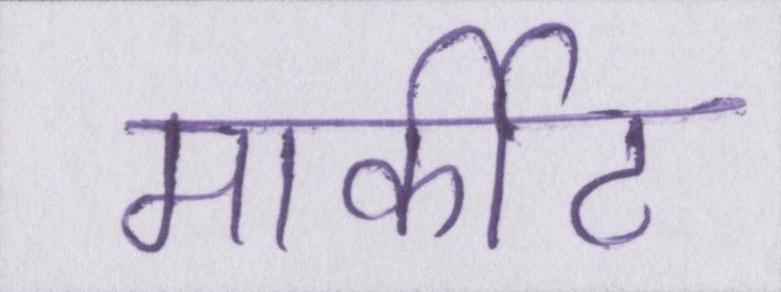
मार्कीट